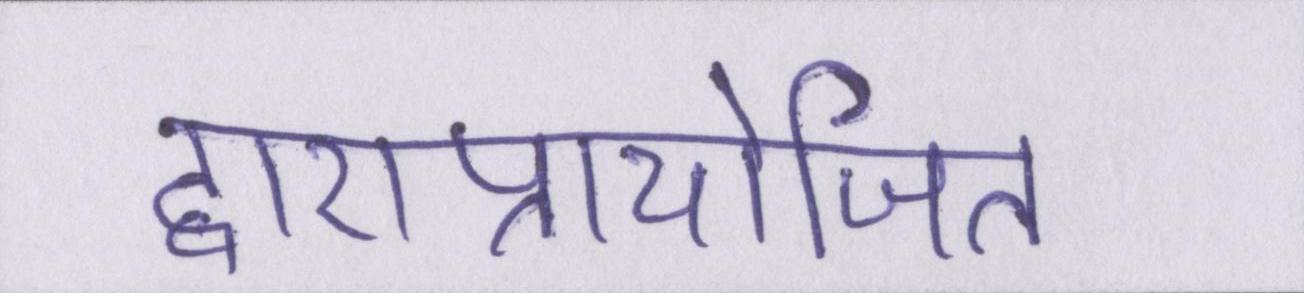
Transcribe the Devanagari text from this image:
द्वाराप्रायोजित